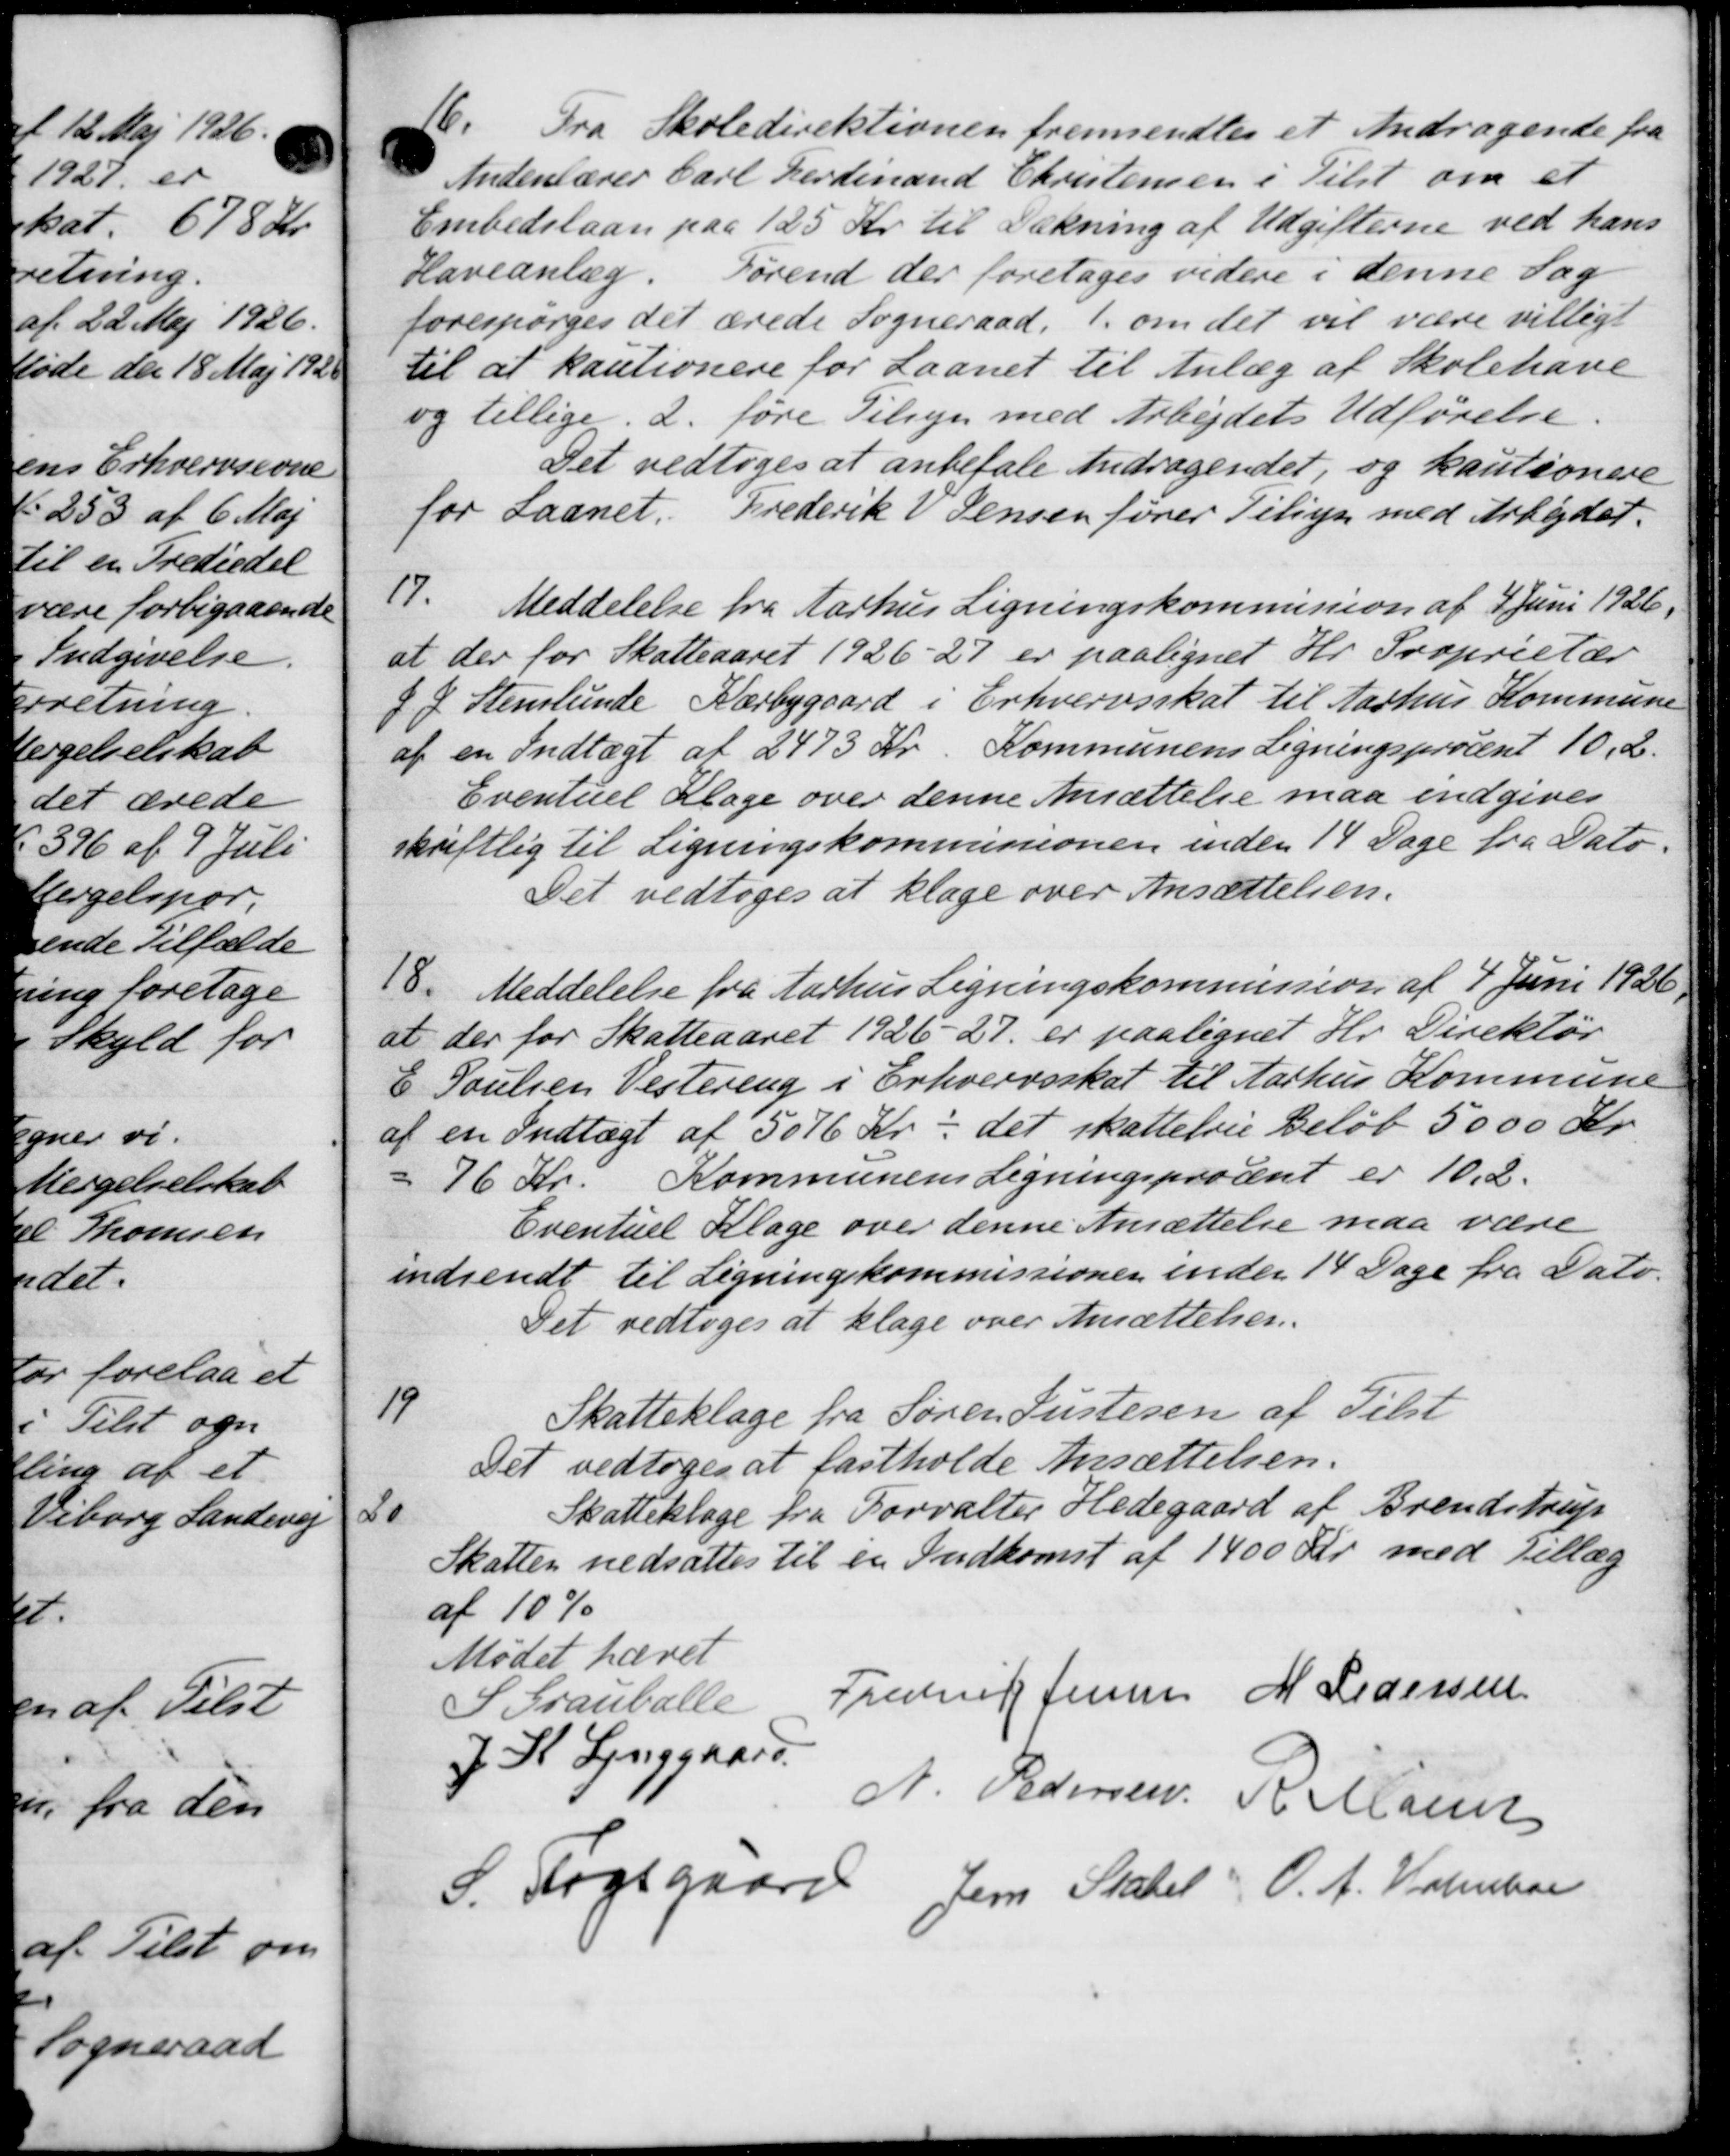
Transskription:
6.
Fra Skoledirektionen fremsendtes et Andragende fra
Andenlærer Carl Ferdinand Christensen i Tilst om et
Embedslaan paa 125 Kr. til Dækning af Udgifterne ved hans
Haveanlæg. Sørend der foretages videre i denne Sag
forespørges det ærede Sogneraad, 1. om det vil være villige
til at kautionere for Laanet til Anlæg af Skolehave
og tillige. 2. føre Tilsyn med Arbejdets Udførelse.
Det vedtoges at anbefale Andragendet, og kautionere
for Laanet. Frederik V. Jensen fører Tilsyn med Arbejdet.
17.
Meddelelse fra Aarhus Ligningskommission af 4 Juni 1926.
at der for Skatteaaret 1926-27 er paalignet Hr. Proprietær
8. I Stenslunde Kærbygaard i Erhvervsskat til Aarhus Kommune
af en Indtægt af 2473 Kr. Kommunens Ligningsprocent 10,2.
Eventuel Klage over denne Ansættelse maa indgives
skriftlig til Ligningskommissionen inden 14 Dage fra Dato.
Det vedtoges at klage over Ansættelsen.
18.
Meddelelse fra Aarhus Ligningskommission af 4 Juni 1926.
at der for Skatteaaret 1926-27 er paalignet Hr. Direktør
E Poulsen Vestering i Erhvervsskat til Aarhus Kommune
af en Indtægt af 5076 Kr. det skattefrie Beløb 5000 Kr.
Kommunens Ligningsprocent er 10,2.
= 76 Kr.
Eventuel Klage over denne Ansættelse maa være
indsendt til Ligningskommissionen inden 14 Dage fra Dato.
Det vedtoges at klage over Ansættelsen.
19
Skatteklage fra Søren Pustesen af Tilst
Det vedtoges at fastholde Ansættelsen.
20
Skatteklage fra Torvalter Hedegaard af Brendstrup
Skatten nedsattes til en Indkomst af 1400 Kr. med Tillæg
af 10%
Mødet hævet
S Grauballe
Frederik Jensen M Pedersen
J. K. Lynggaard
A. Pedersen A. Marie
S. Fogsgaard Jens Statet O. A. Holmbor